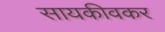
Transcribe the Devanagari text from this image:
सायकीवकर